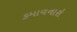
કમાવનારો